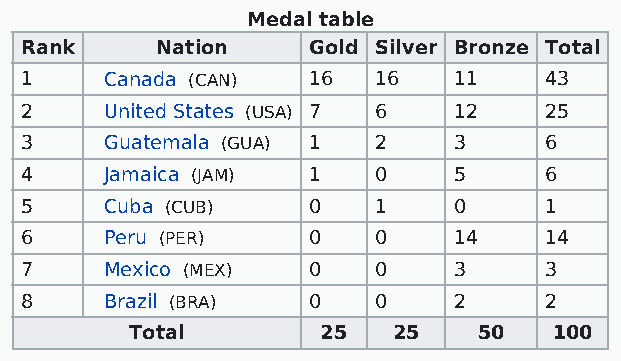
Medal table
 Rank     Nation    Gold Silver Bronze Total
 1     Canada (CAN) 16   16   11    43
 2     United States (USA) 7 6 12   25
 3     Guatemala (GUA) 1 2    3     6
 4     Jamaica (JAM) 1   0    5     6
 5     Cuba (CUB)   0    1    0     1
 6     Peru (PER)   0    0    14    14
 7     Mexico (MEX) 0    0    3     3
 8     Brazil (BRA) 0    0    2     2
 Total       25   25    50   100